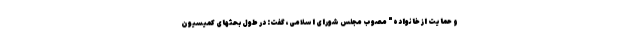
و حمایت از خانواده" مصوب مجلس شورای اسلامی، گفت: در طول بحثهای کمیسیون